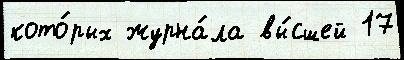
кото́рых журна́ла вы́сшей 17